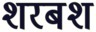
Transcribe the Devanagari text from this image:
शरबश